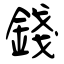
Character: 錢